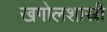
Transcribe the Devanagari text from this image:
खगोलशास्री